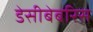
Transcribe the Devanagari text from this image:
डेसीबेबरिस